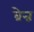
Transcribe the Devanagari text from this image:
ब्रेन्न